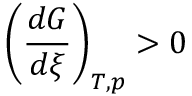
\left( { \frac { d G } { d \xi } } \right) _ { T , p } > 0